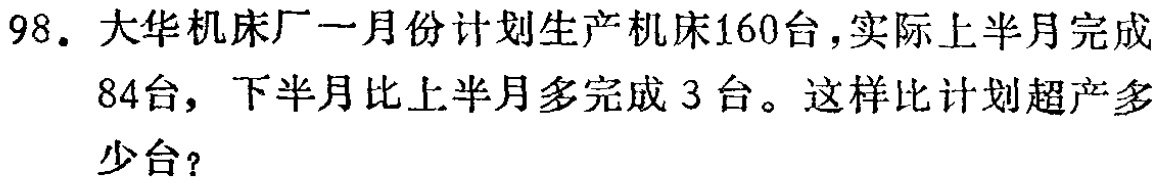
98. 大华机床厂一月份计划生产机床160台，实际上半月完成84台，下半月比上半月多完成3台。这样比计划超产多少台？